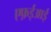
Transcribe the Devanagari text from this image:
एफ़ईआई